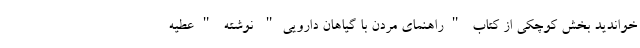
خواندید بخش کوچکی از کتاب "راهنمای مردن با گیاهان دارویی" نوشته "عطیه